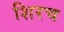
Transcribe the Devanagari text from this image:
शिरच